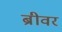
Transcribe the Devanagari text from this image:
ब्रीवर